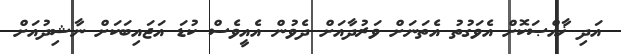
އަދި ޚާއްޞަކޮށް އެވަގުތު އެތަނަށް ވަރުދާއަށް ދެވުން އެއީވެސް ކުޑަ އަޖައިބަކަށް ނާޝިދުއަށް